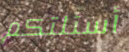
أسئلتكم